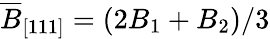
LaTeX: \overline{{B}}_{[111]}=(2B_{1}+B_{2})/3